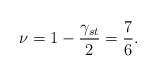
LaTeX: \begin{align*}\nu = 1-\frac{\gamma_{st}}{2} = \frac{7}{6}.\end{align*}